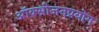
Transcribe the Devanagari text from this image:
ऑक्सीजनप्रयोग